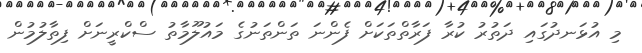
މި އުޅަނދުގައި ދަތުރު ކުރާ ފަރާތްތަކަށް ފެންނަ ތަންތަނުގެ މައުލޫމާތު ސްކްރީނަށް ފިތާލުމުން